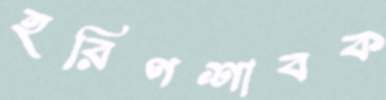
হরিণশাবক